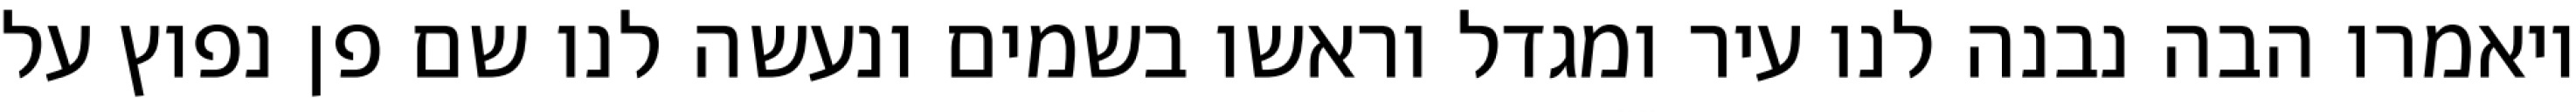
ויאמרו הבה נבנה לנו עיר ומגדל וראשו בשמים ונעשה לנו שם פן נפוץ על